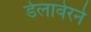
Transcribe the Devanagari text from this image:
डेलावेरने